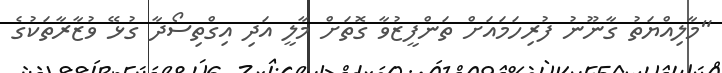
"މާލިއްޔަތު ގާނޫނު ފުރިހަމައަށް ތަންފީޒުވާ ގޮތަށް މާލީ އަދި އިގްތިސޯދާ ގުޅޭ ވުޒާރާތަކުގެ